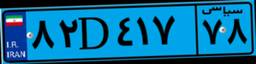
۷۸D۱۴۶۸۴